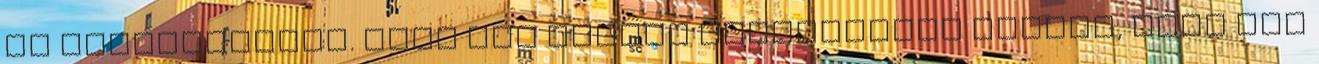
is elképzelhető. Elég sok elemző hangoztatja régóta, hogy egy